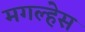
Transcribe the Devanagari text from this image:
मगल्हेस